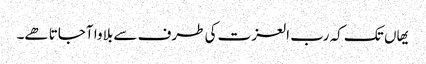
یھاں تک کہ رب العزت کی طرف سے بلاوا آجاتا ھے۔